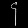
Digit: ၄